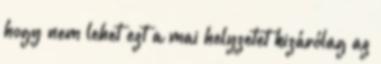
hogy nem lehet ezt a mai helyzetet kizárólag az